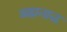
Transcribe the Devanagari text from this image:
ब्रह्मनाळ